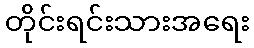
တိုင်းရင်းသားအရေး